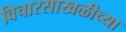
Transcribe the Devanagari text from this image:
विचारसाखळीच्या